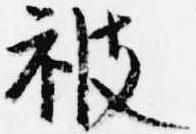
被